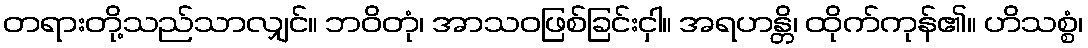
တရားတို့သည်သာလျှင်။ ဘဝိတုံ၊ အာသဝဖြစ်ခြင်းငှါ။ အရဟန္တိ၊ ထိုက်ကုန်၏။ ဟိသစ္စံ၊